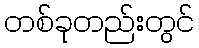
တစ်ခုတည်းတွင်